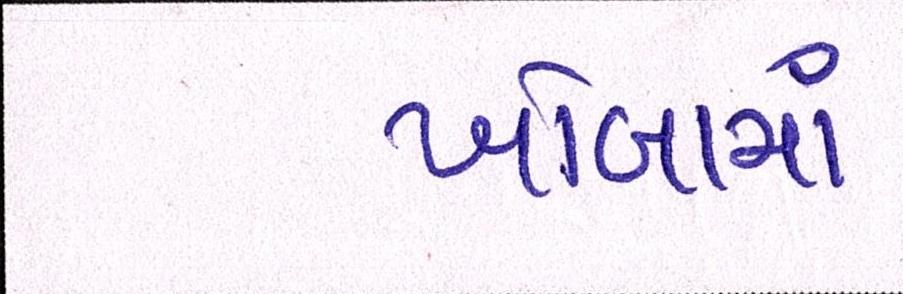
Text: ખોબામાં